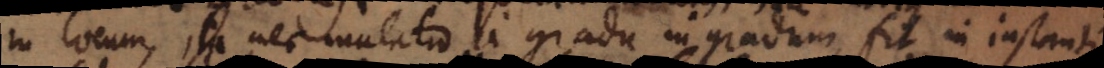
in locum, ita nec mutatio a gradu in gradum, fit in instanti.